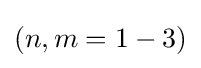
(n,m=1-3)